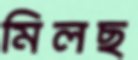
মিলছ